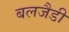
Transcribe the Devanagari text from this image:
बलजैडी